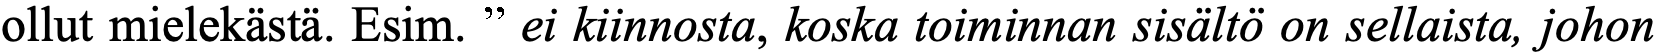
ollut mielekästä. Esim. ” ei kiinnosta, koska toiminnan sisältö on sellaista, johon